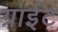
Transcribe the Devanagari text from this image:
ग्राईट